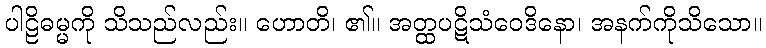
ပါဠိဓမ္မကို သိသည်လည်း။ ဟောတိ၊ ၏။ အတ္ထပဋိသံဝေဒိနော၊ အနက်ကိုသိသော။